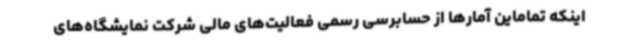
اینکه تماماین آمارها از حسابرسی رسمی فعالیت‌های مالی شرکت نمایشگاه‌های